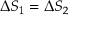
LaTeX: \Delta S _ { 1 } = \Delta S _ { 2 }